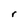
Character: r